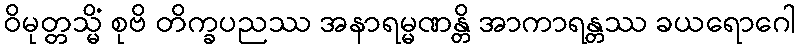
ဝိမုတ္တသ္မိံ စုဗိ တိက္ခပညဿ အနာရမ္မဏန္တိ အာကာရန္တဿ ခယရောဂေါ